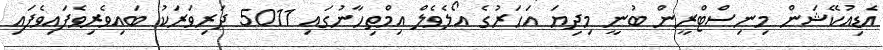
އެޑިއުކޭޝަން މިނިސްޓްރީން ބުނީ މިދިޔަ އަހަރުގެ އޯލެވެލް އިމްތިހާނުގައި 5011 ދަރިވަރަކު ބައިވެރިވެފައިވެފައި